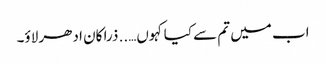
اب میں تم سے کیا کہوں….. ذرا کان ادھر لاؤ۔